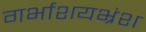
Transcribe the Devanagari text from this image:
गर्भाशयभ्रंश